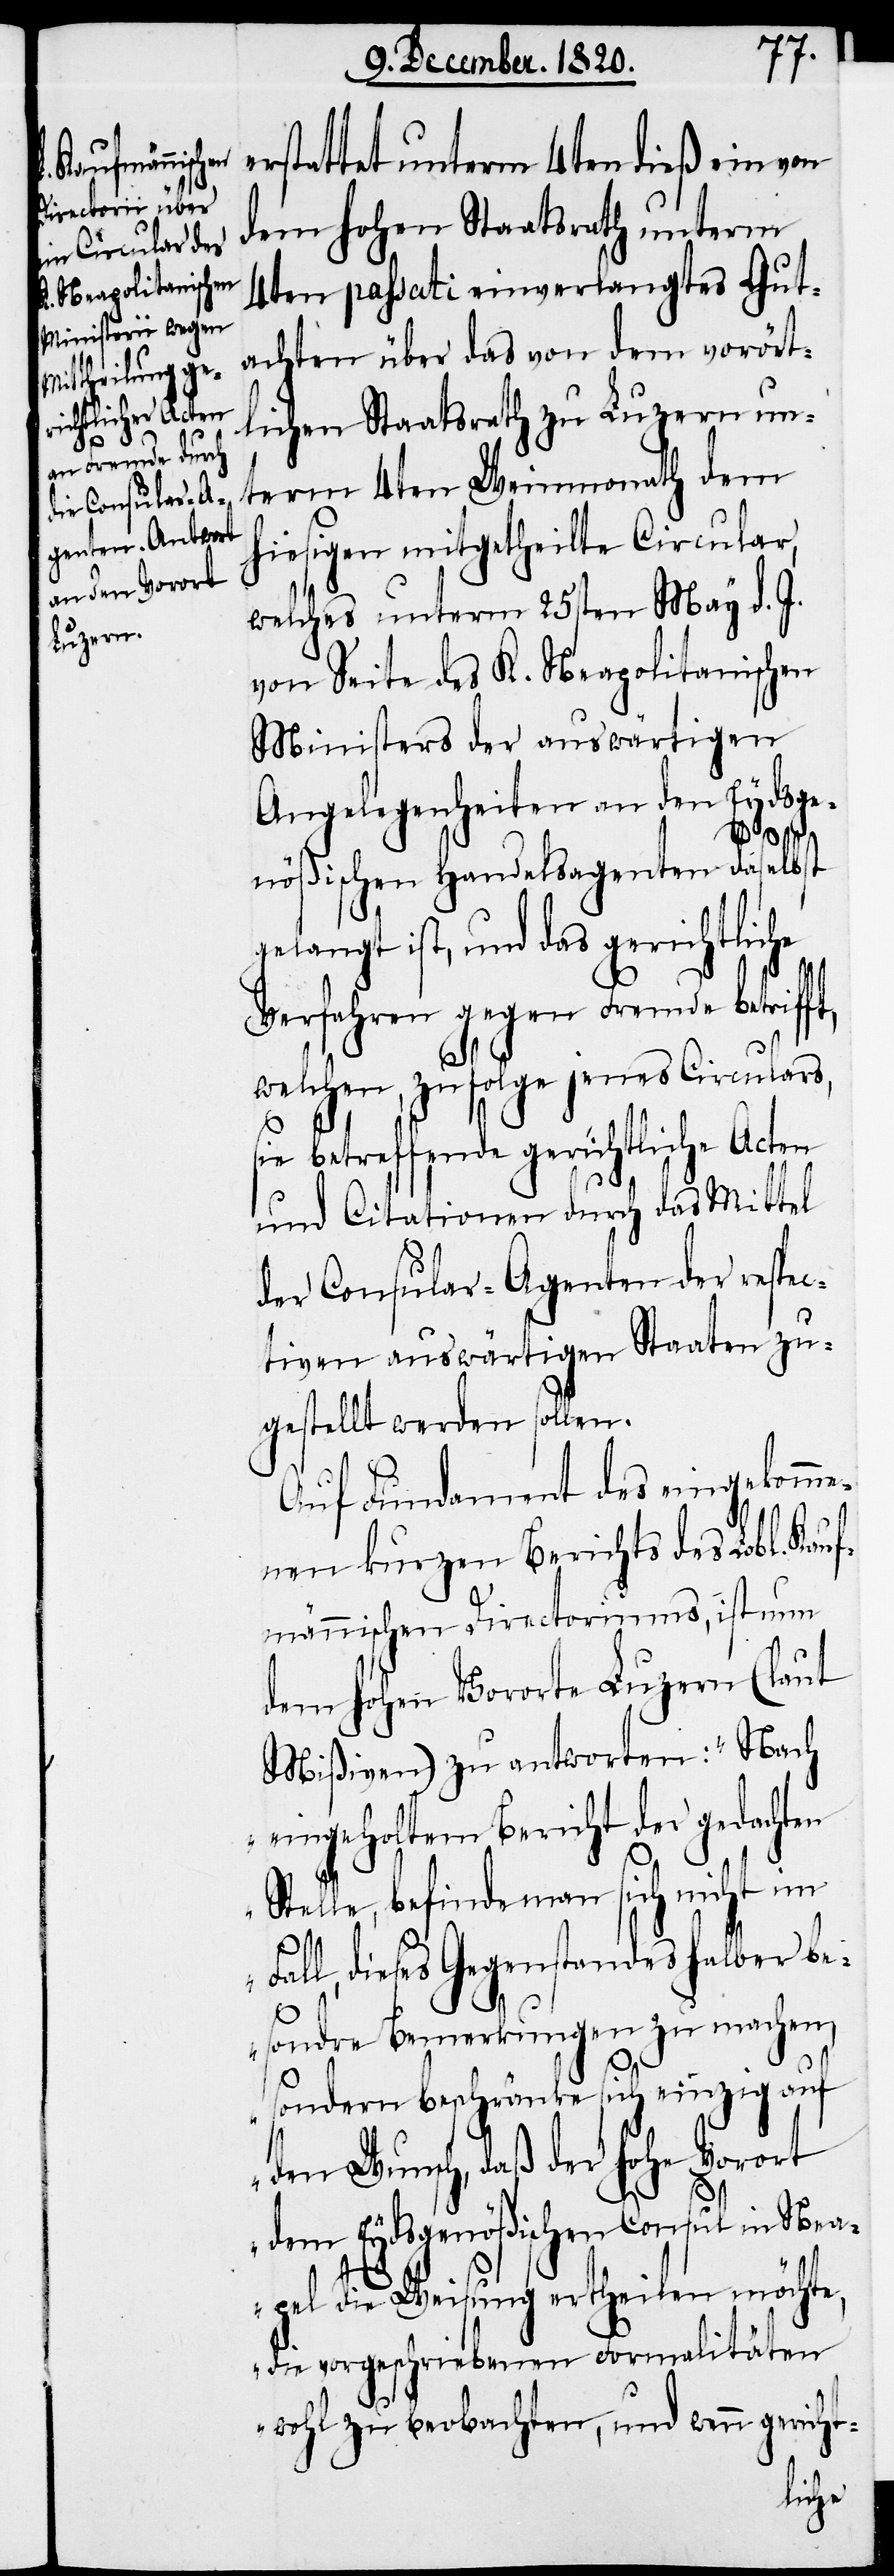
Fa¬

erstattet unterm 4ten dieß ein von
dem hohen Staatsrath unterm
4ten passati einverlangtes Gut¬
achten über das von dem vorört¬
lichen Staatsrath zu Luzern un¬
term 4ten Weinmonath dem
hiesigen mitgetheilte Circular,
welches unterm 25sten May d. J.
von Seite des K. Neapolitanischen
Ministers der auswärtigen
Angelegenheiten an den Eydsge¬
nößischen Handelsagenten daselbst
gelangt ist, und das gerichtliche
Verfahren gegen Fremde betriff¬
t,
welchen, zufolge jenes Circulars,
ie betreffende gerichtliche Acten
und Citationen durch das Mittel
der Consular-Agenten der respec¬
tiven auswärtigen Staaten zu¬
gestellt werden sollen.
Auf Fundament des eingekomme¬
nen kurzen Berichts des Lobl. Kauf¬
männischen Directoriums, ist nun
dem hohen Vororte Luzern (laut
Mißiven) zu antworten: „Nach
eingeholtem Bericht der gedachten
elle, befinde man sich nicht im
ll, dieses Gegenstandes halber be¬
sondre Bemerkungen zu machen,
sondern beschränke sich einzig auf
den Wunsch, daß der hohe Vorort
dem Eydsgenößischen Consul in Nea¬
s¬
pel die Weisung ertheilen möchte,
die vorgeschriebenen Formalitäten
wohl zu beobachten, und wenn gericht-